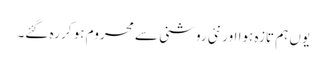
یوں ہم تازہ ہوا اور نئی روشنی سے محروم ہو کر رہ گئے۔